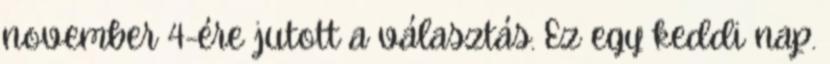
november 4-ére jutott a választás. Ez egy keddi nap.